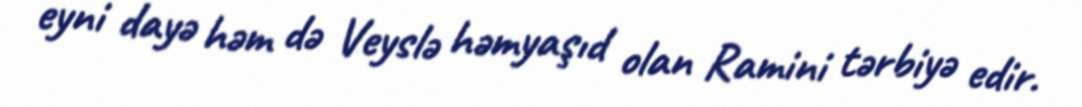
eyni dayə həm də Veyslə həmyaşıd olan Ramini tərbiyə edir.